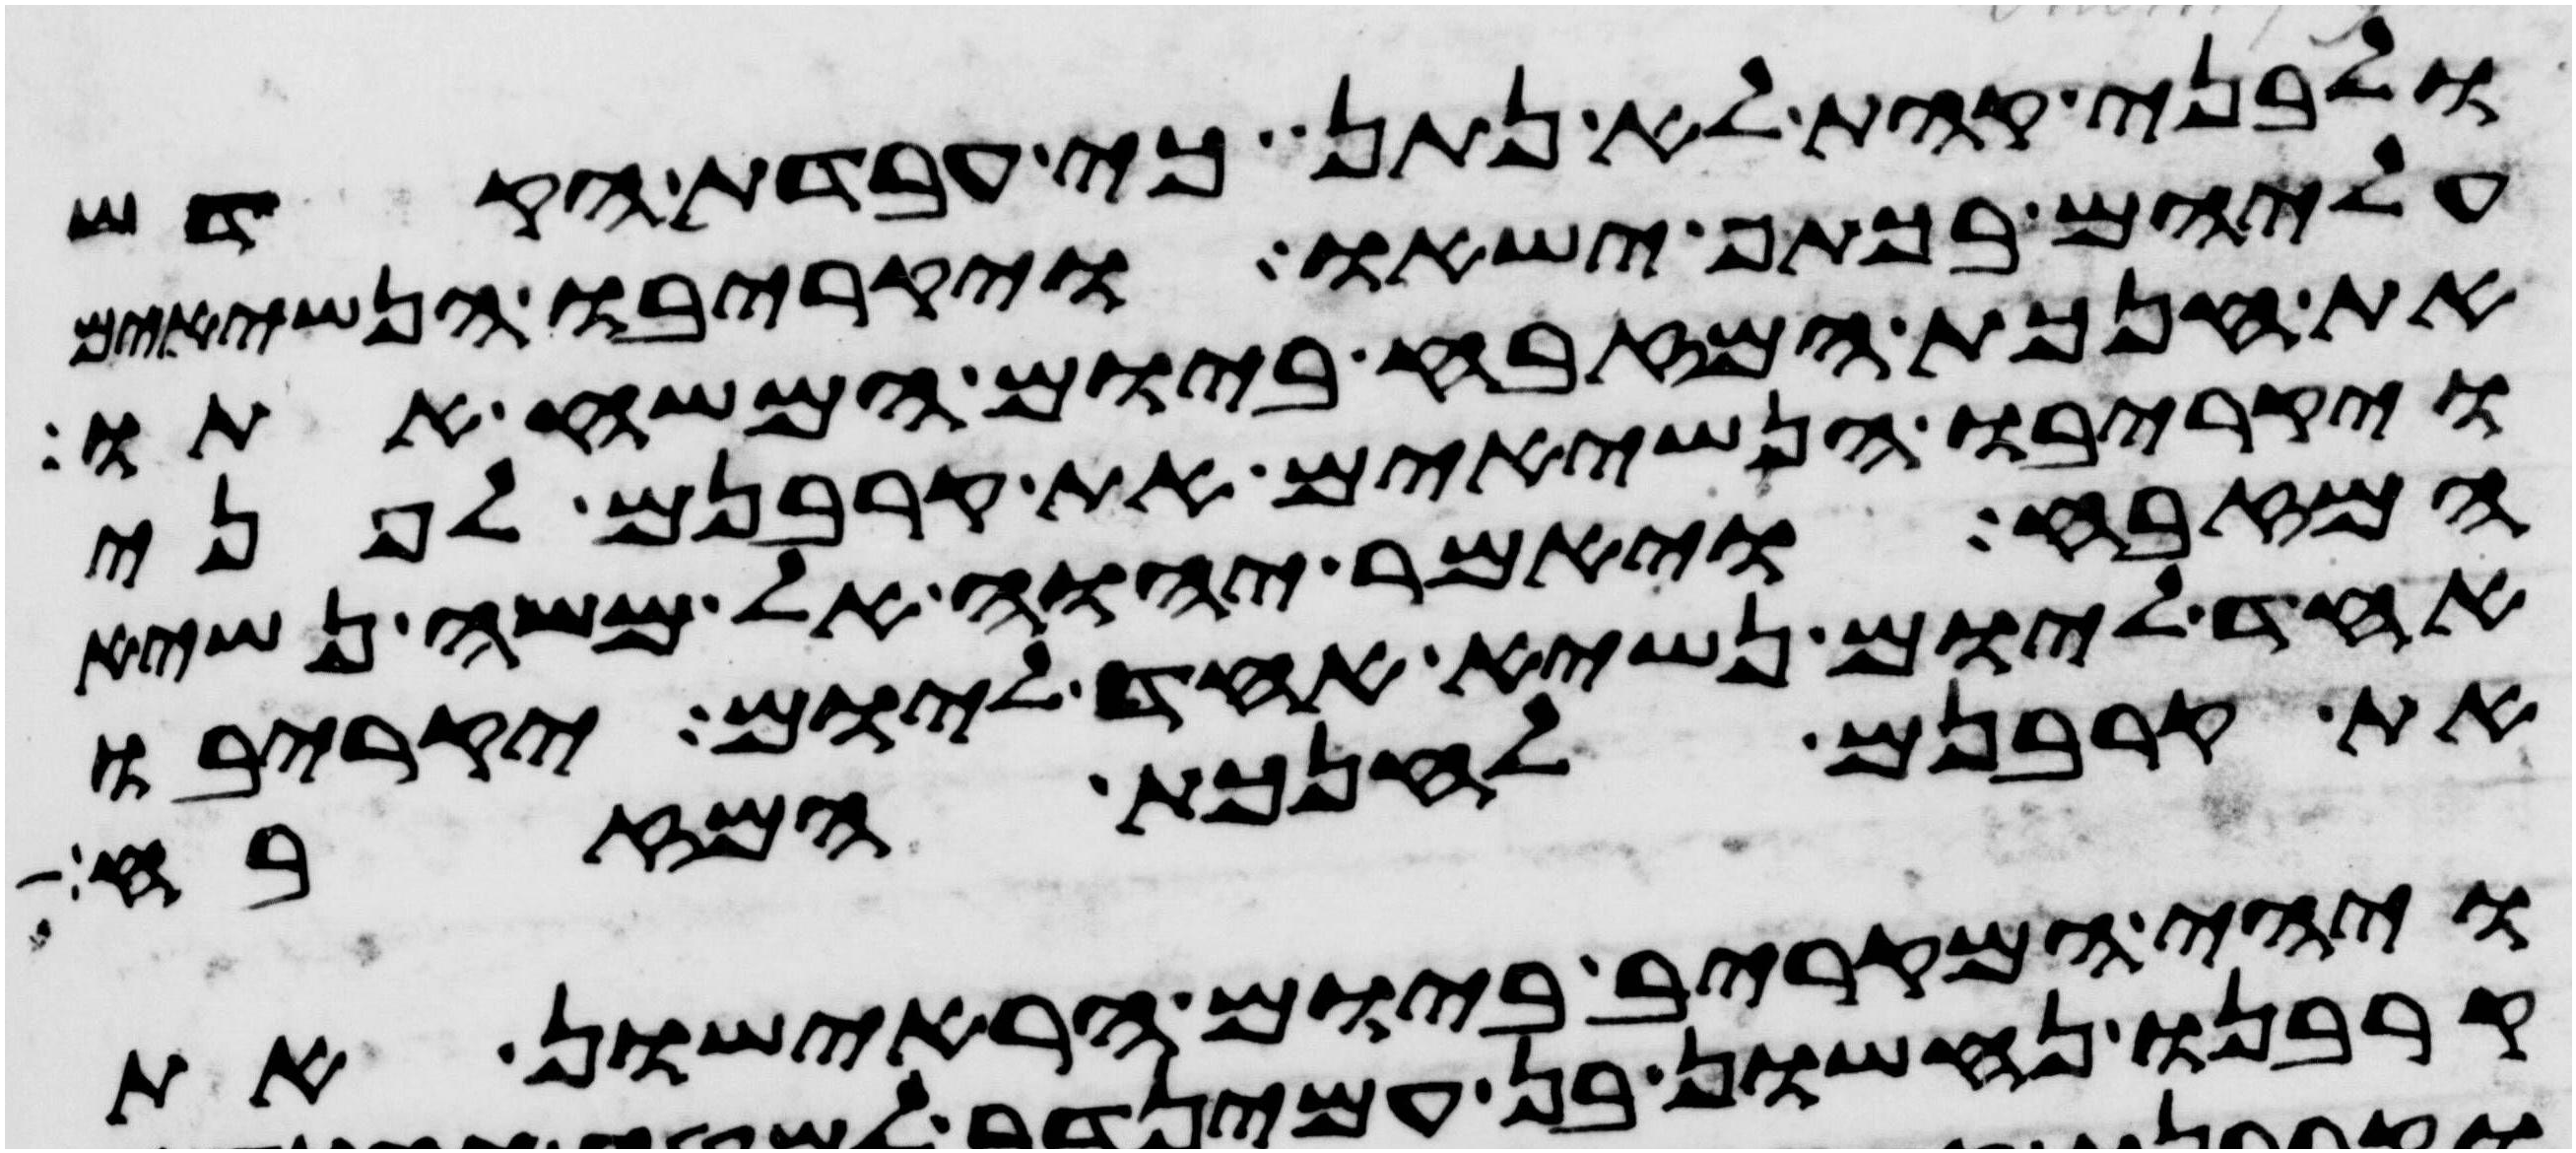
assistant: ולבני קהת לא נתן כי עבדת הקדש
עליהם בכתף ישאו ויקריבו הנשיאים
את חנכת המזבח ביום המשיח אתו
ויקריבו הנשיאים את קרבנם לפני
המזבח ויאמר יהוה אל משה נשיא
אחד ליום נשיא אחד ליום יקריבו
את קרבנם לחנכת המזבח
ויהי המקריב ביום הראישון את